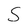
Character: S